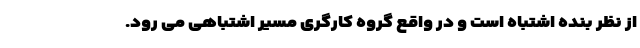
از نظر بنده اشتباه است و در واقع گروه کارگری مسیر اشتباهی می رود.